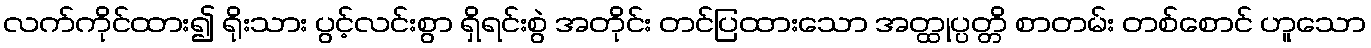
လက်ကိုင်ထား၍ ရိုးသား ပွင့်လင်းစွာ ရှိရင်းစွဲ အတိုင်း တင်ပြထားသော အတ္ထုပ္ပတ္တိ စာတမ်း တစ်စောင် ဟူသော